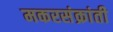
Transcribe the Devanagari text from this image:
मकरसंक्रांती